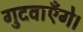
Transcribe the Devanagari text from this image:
गुदवाएँगे।